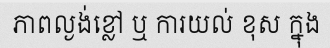
ភាពល្ងង់ខ្លៅ ឬ ការយល់ ខុស ក្នុង